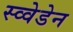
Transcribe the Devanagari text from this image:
स्व्वेडेन